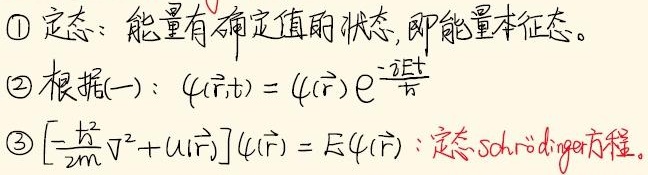
\(1\) 定态：能量有确定值的状态，即能量本征态。

\(2\) 根据(一)：\(\psi(\vec{r},t)=\psi(\vec{r})e^{-\frac{iEt}{\hbar}}\)

\(3\) \(\left[-\frac{\hbar^2}{2m}\nabla^2 + U(\vec{r})\right]\psi(\vec{r})=E\psi(\vec{r})\)：定态Schrödinger方程。